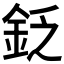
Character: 𨥧